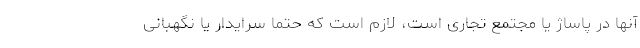
آنها در پاساژ یا مجتمع تجاری است، لازم است که حتما سرایدار یا نگهبانی